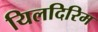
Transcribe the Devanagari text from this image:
यिलदिरिम